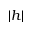
| h |